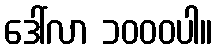
ဒေါ်လာ ၁၀၀၀ပါ။